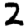
Digit: 2